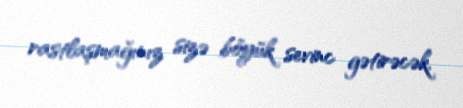
rastlaşmağınız sizə böyük sevinc gətirəcək.